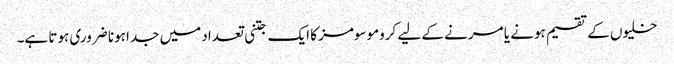
خلیوں کے تقسیم ہونے یا مرنے کے لیے کروموسومز کا ایک جتنی تعداد میں جدا ہونا ضروری ہوتا ہے۔